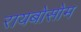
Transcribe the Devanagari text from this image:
रायबोसोम